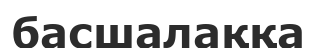
басшалаққа